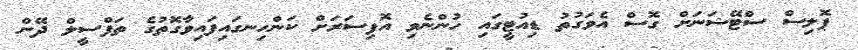
ޕޮލިސް ސްޓޭޝަނަށް ގޮސް އެވަގުތު ޑިއުޓީގައި ހުންނެވި އޮފިސަރަށް ކަންހިނގައިފައިވާގޮތުގެ ތަފްސީލް ދޭން